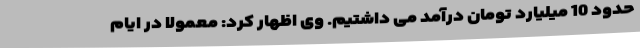
حدود 10 میلیارد تومان درآمد می داشتیم. وی اظهار کرد: معمولا در ایام